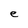
Character: e